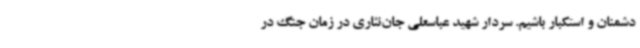
دشمنان و استکبار باشیم. سردار شهید عباسعلی جان‌نثاری در زمان جنگ در